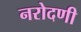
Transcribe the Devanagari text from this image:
नरोदणी